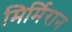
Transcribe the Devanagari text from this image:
मिर्मिरान